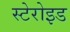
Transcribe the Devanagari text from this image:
स्टेरोइड